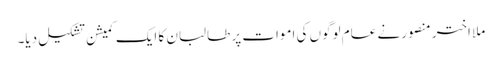
ملا اختر منصور نے عام لوگوں کی اموات پر طالبان کا ایک کمیشن تشکیل دیا۔